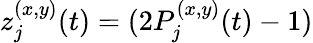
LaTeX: z_{j}^{(x,y)}(t)=(2P_{j}^{(x,y)}(t)-1)